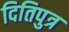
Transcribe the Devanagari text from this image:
दितिपुत्र